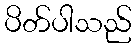
ပိတ်ပါသည်